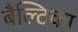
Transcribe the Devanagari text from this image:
बैल्टिका